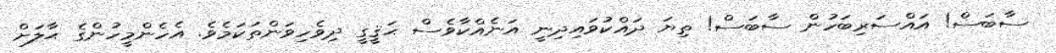
ސާބަސް! އައްސަރިބަހުން ސާބަސް! ތިޔަ ދައްކުވައިދިނީ އަނެއްކާވެސް ޙަޤީގީ ދިވެހިވަންތަކަމެވެ. އެހެންމީހުންގެ ޙާލަށް